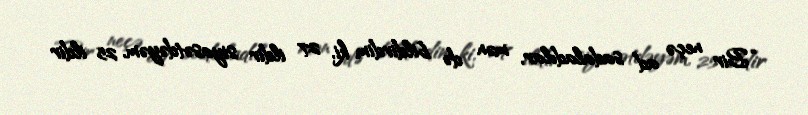
“Bir neçə ad sadaladılar, mən də bildirdim ki, 27 ildir siyasətdəyəm, 25 ildir